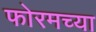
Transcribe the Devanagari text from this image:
फोरमच्या